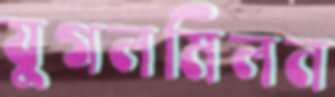
যুগলমিলন